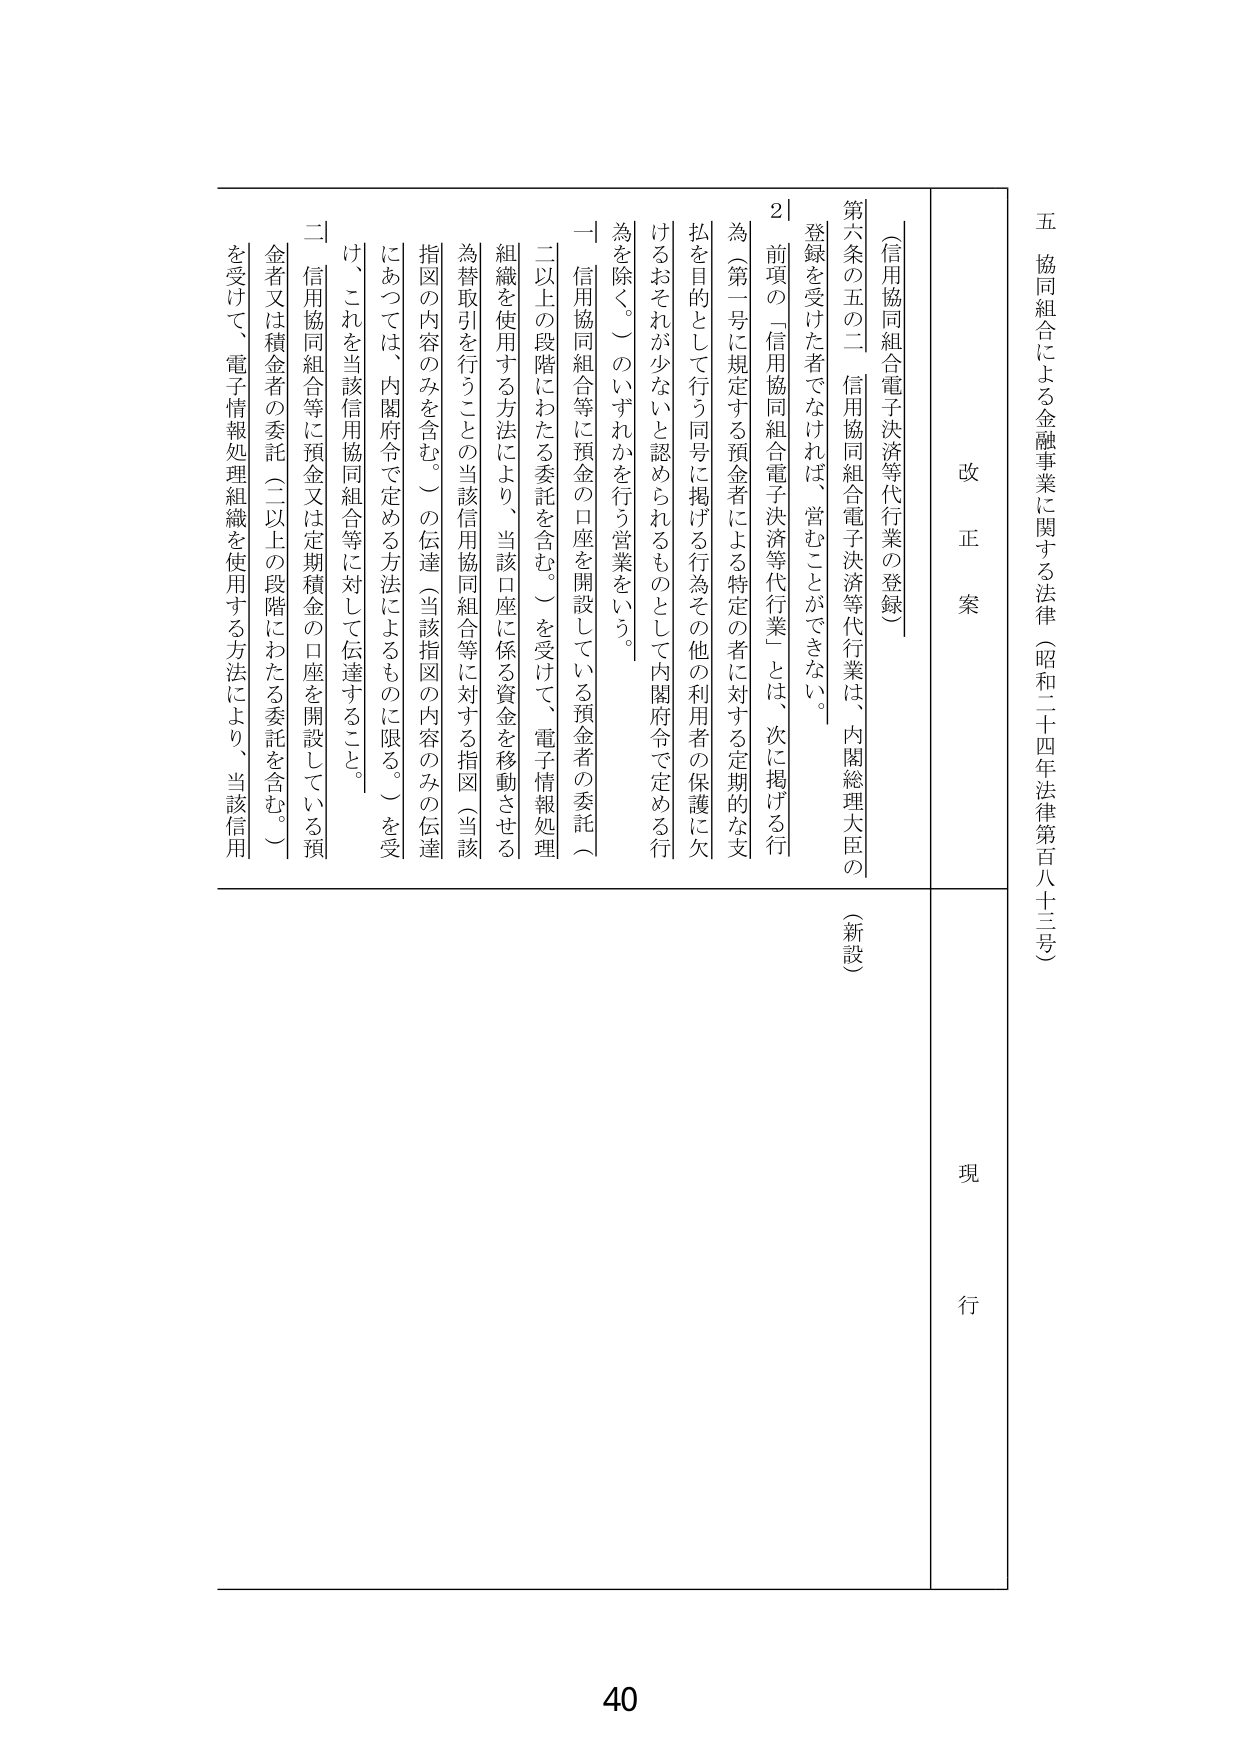
五 協同組合による金融事業に関する法律（昭和二十四年法律第百八十三号）

改正案

（信用協同組合電子決済等代行業の登録）

第六条の五の二 信用協同組合電子決済等代行業は、内閣総理大臣の登録を受けた者でなければ、営むことができない。

２ 前項の「信用協同組合電子決済等代行業」とは、次に掲げる行為（第一号に規定する預金者による特定の者に対する定期的な支払を目的として行う同号に掲げる行為その他の利用者の保護に欠けるおそれが少ないと認められるものとして内閣府令で定める行為を除く。）のいずれかを行う営業をいう。

一 信用協同組合等に預金の口座を開設している預金者の委託（二以上の段階にわたる委託を含む。）を受けて、電子情報処理組織を使用する方法により、当該口座に係る資金を移動させる為替取引を行うことの当該信用協同組合等に対する指図（当該指図の内容のみを含む。）の伝達（当該指図の内容のみの伝達にあつては、内閣府令で定める方法によるものに限る。）を受けて、これを当該信用協同組合等に対して伝達すること。

二 信用協同組合等に預金又は定期積金の口座を開設している預金者又は積金者の委託（二以上の段階にわたる委託を含む。）を受けて、電子情報処理組織を使用する方法により、当該信用

現行

（新設）

40